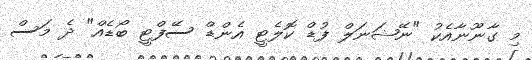
މި ގާނޫނާއެކު "ނޭޝަނަލް ފުޑް ކޮލެޓީ އެންޑް ސޭފްޓީ ބޯޑެއް" ދެ މަސް